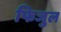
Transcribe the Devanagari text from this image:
फिजुल